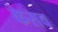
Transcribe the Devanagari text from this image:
केसव